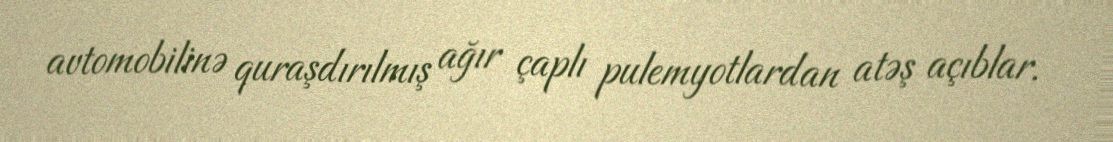
avtomobilinə quraşdırılmış ağır çaplı pulemyotlardan atəş açıblar.